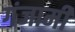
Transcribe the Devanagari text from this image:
गंजामी